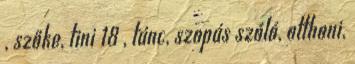
, szőke, tini 18 , tánc, szopás szóló, otthoni,